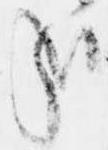
哉